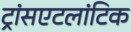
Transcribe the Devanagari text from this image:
ट्रांसएटलांटिक